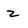
Character: 2